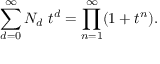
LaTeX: \sum _ { d = 0 } ^ { \infty } N _ { d } ~ t ^ { d } = \prod _ { n = 1 } ^ { \infty } ( 1 + t ^ { n } ) .